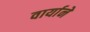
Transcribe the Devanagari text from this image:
वार्याने